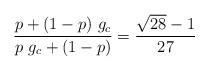
LaTeX: \begin{align*}{p + ( 1 - p ) \ g_c \over p \ g_c + ( 1 -p) } = {\sqrt{28} - 1 \over27}\end{align*}